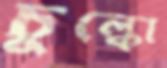
চুল্‌কো